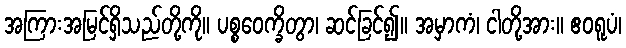
အကြားအမြင်ရှိသည်တို့ကို။ ပစ္စဝေက္ခိတွာ၊ ဆင်ခြင်၍။ အမှာကံ၊ ငါတို့အား။ ဧဝရူပံ၊